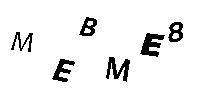
MEBME8